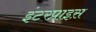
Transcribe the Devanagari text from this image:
इंटरप्राइस़